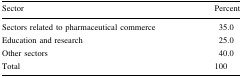
<table><thead><tr><td><b>Sector</b></td><td><b>Percent</b></td></tr></thead><tbody><tr><td>Sectors related to pharmaceutical commerce</td><td>35.0</td></tr><tr><td>Education and research</td><td>25.0</td></tr><tr><td>Other sectors</td><td>40.0</td></tr><tr><td>Total</td><td>100</td></tr></tbody></table>